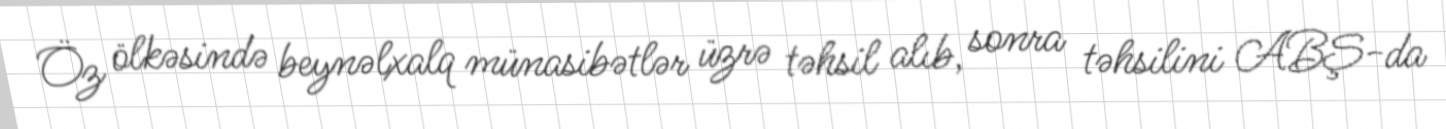
Öz ölkəsində beynəlxalq münasibətlər üzrə təhsil alıb, sonra təhsilini ABŞ-da